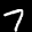
Label: 7